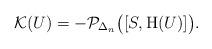
LaTeX: \begin{align*}\mathcal{K}(U) = -\mathcal{P}_{\Delta_n}\bigl([S,{\rm H}(U)]\bigr). \end{align*}